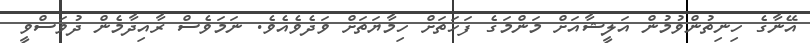
އޭނާގެ ހިނިތުންވުމުން އަލީޝާއަށް މަންމަގެ ފަހަތަށް ހިމާޔަތަށް ވަދެވެއެވެ. ނަމަވެސް ރާއިދާމެން ދުވަސްވީ